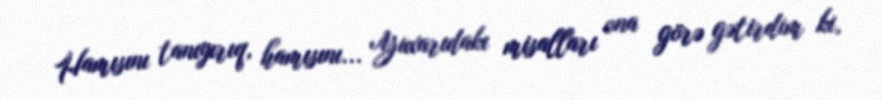
Hamısını tanıyırıq, hamısını... Yuxarıdakı misalları ona görə gətirdim ki,